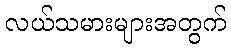
လယ်သမားများအတွက်